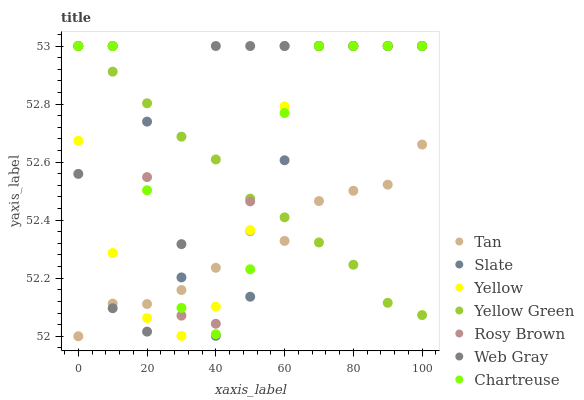
| xaxis_label | Tan | Slate | Yellow | Yellow Green | Rosy Brown | Web Gray | Chartreuse |
 | --- | --- | --- | --- | --- | --- | --- | --- |
 | 0 | 52 | 53 | 52.7 | 53 | 53 | 52.6 | 53 |
 | 10 | 52.1 | 53 | 52.3 | 52.9 | 53 | 52.1 | 53 |
 | 20 | 52.1 | 52.7 | 52.1 | 52.8 | 52.5 | 52 | 52.5 |
 | 30 | 52.2 | 52.2 | 52 | 52.7 | 52.1 | 52.3 | 52.1 |
 | 40 | 52.2 | 52 | 52.1 | 52.6 | 52 | 53 | 52 |
 | 50 | 52.4 | 52.1 | 52.4 | 52.5 | 52.5 | 53 | 52.2 |
 | 60 | 52.3 | 52.6 | 52.8 | 52.4 | 53 | 53 | 52.8 |
 | 70 | 52.5 | 53 | 53 | 52.3 | 53 | 53 | 53 |
 | 80 | 52.5 | 53 | 53 | 52.2 | 53 | 53 | 53 |
 | 90 | 52.5 | 53 | 53 | 52.1 | 53 | 53 | 53 |
 | 100 | 52.7 | 53 | 53 | 52.1 | 53 | 53 | 53 |